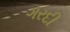
ગરદી